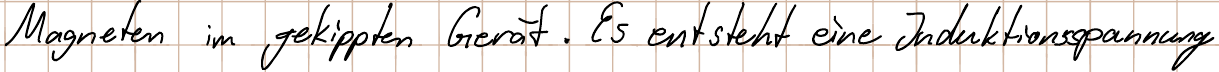
Magneten im gekippten Gerät. Es entsteht eine Induktionsspannung